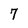
Character: 7